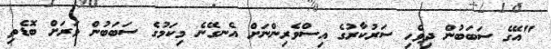
"އޭގެ ސަބަބުން ދިވެހި ސަރުކާރުގެ އިސްވެރިންނަށް އެނގޭނެ މިކަމުގެ ސަބަބުން ވަރަށް ބޮޑެތި